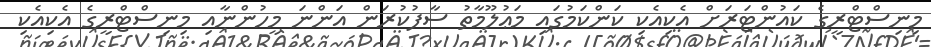
މިނިސްޓްރީގެ ކައުންޓަރަށް އެކިއެކި ކަންކަމުގައި މަޢުލޫމާތު ސާފުކުރަން އަންނަ މީހުންނާއި މިނިސްޓްރީގެ އެކިއެކި